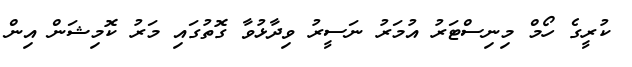
ކުރީގެ ހޯމް މިނިސްޓަރު އުމަރު ނަސީރު ވިދާޅުވާ ގޮތުގައި މަރު ކޮމިޝަން އިން